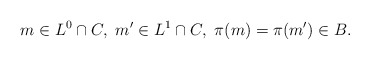
\begin{align*} m \in L^0 \cap C, \ m' \in L^1 \cap C, \ \pi(m) = \pi(m') \in B.\end{align*}